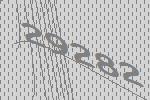
29282